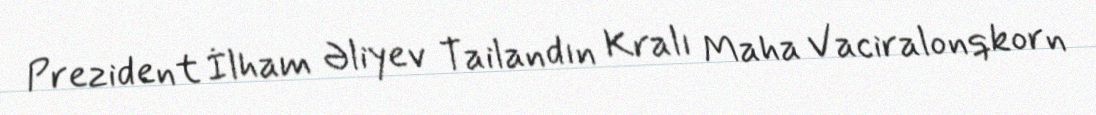
Prezident İlham Əliyev Tailandın Kralı Maha Vaciralonqkorn